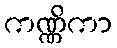
ကဏ္ဏိကာ